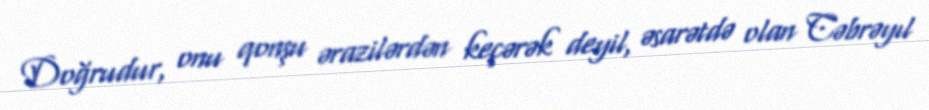
Doğrudur, onu qonşu ərazilərdən keçərək deyil, əsarətdə olan Cəbrəyıl